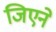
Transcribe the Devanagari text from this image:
जिएने